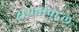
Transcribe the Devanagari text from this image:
क्षमतांबद्दल